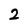
Character: 2